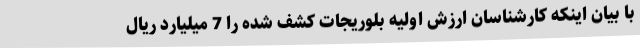
با بیان اینکه کارشناسان ارزش اولیه بلوریجات کشف شده را 7 میلیارد ریال